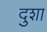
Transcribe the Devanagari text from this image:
दुशा